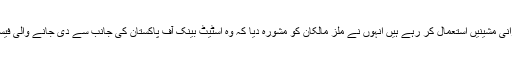
ان کا کہنا تھا کہ چاول اس لیے بھی ضائع ہو جاتے ہیں کیونکہ ملز مالکان پرانی مشینیں استعمال کر رہے ہیں انہوں نے ملز مالکان کو مشورہ دیا کہ وہ اسٹیٹ بینک آف پاکستان کی جانب سے دی جانے والی فیسیلٹی کو بروئے کار لاتے ہوئے فائدہ اٹھائیں اور نئی مشین کا استعمال کریں ۔